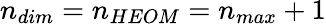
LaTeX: n_{dim}=n_{HEOM}=n_{max}+1